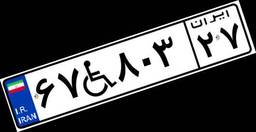
۶۷W۸۰۳۲۷